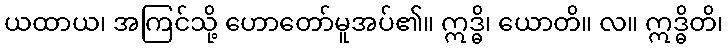
ယထာယ၊ အကြင်သို့ ဟောတော်မူအပ်၏။ ဣဒ္ဓိ၊ ယောတိ။ လ။ ဣဒ္ဓိတိ၊